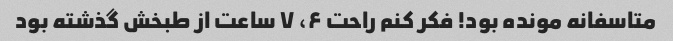
متاسفانه مونده بود! فکر کنم راحت ۶، ۷ ساعت از طبخش گذشته بود